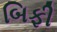
બિફી